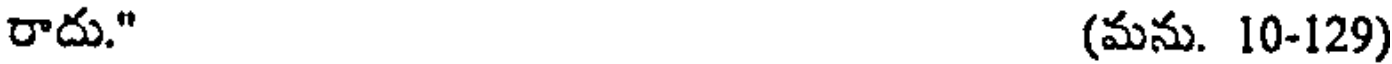
రాదు." (మను. 10-129)